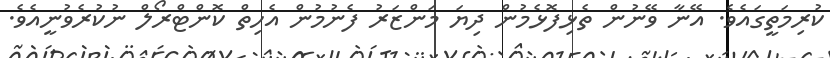
ކުރިމަތީގައެވެ. އޭނާ ވޭނުން ތެޅިފޮޅެމުން ދިޔަ މަންޒަރު ފެނުމުން އެހިތް ކޮންޓްރޯލް ނުކުރެވުނީއެވެ.